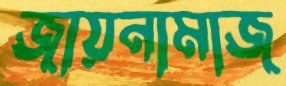
জায়নামাজ